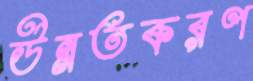
উন্নতকরণ